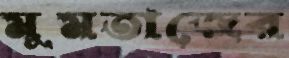
মুমতাজের